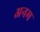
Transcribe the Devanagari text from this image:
अनम